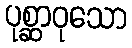
ပုစ္ဆာဝုသော